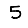
Digit: 5